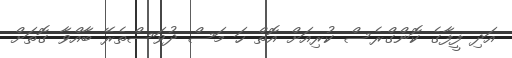
އަދި ފީފާގެ ކޮންގްރެސް ކުރިއަށް އޮތް ހަ މަސް ދުވަސްތެރޭ ބާއްވާ ގޮތަށް